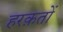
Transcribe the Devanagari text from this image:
हरक़तों